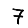
Digit: 7